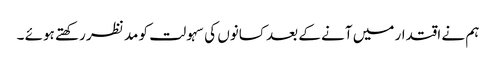
ہم نے اقتدار میں آنے کے بعد کسانوں کی سہولت کو مد نظر رکھتے ہوئے ۔